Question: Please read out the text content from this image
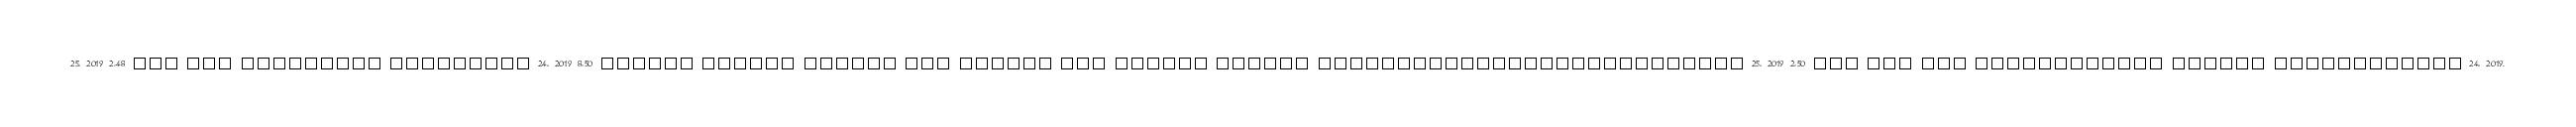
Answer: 25, 2019 2:48 ??? ??? ????????? ????????? 24, 2019 8:50 ?????? ?????? ?????? ??? ?????? ??? ?????? ?????? ??????????????????????????? 25, 2019 2:50 ??? ??? ??? ???????????? ?????? ???????????? 24, 2019.